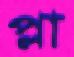
প্লা